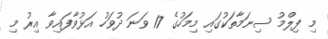
މި ފިލްމު ސިނަމާތަކުގައި މިމަހުގެ 17 ވަނަ ދުވަހު އަޅުވާފައިވާ އިރު މި